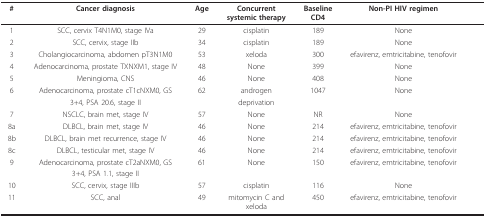
| # | Cancer diagnosis | Age | Concurrentsystemic therapy | BaselineCD4 | Non-PI HIV regimen |  |
 | --- | --- | --- | --- | --- | --- | --- |
 | 1 | SCC, cervix T4N1M0, stage IVa | 29 | cisplatin | 189 | None |  |
 | 2 | SCC, cervix, stage IIb | 34 | cisplatin | 189 | None |  |
 | 3 | Cholangiocarcinoma, abdomen pT3N1M0 | 53 | xeloda | 300 | efavirenz, emtricitabine, tenofovir |  |
 | 4 | Adenocarcinoma, prostate TXNXM1, stage IV | 48 | None | 399 | None |  |
 | 5 | Meningioma, CNS | 46 | None | 408 | None |  |
 | 6 | Adenocarcinoma, prostate cT1cNXM0, GS | 62 | androgen | 1047 | None |  |
 |  | 3+4, PSA 20.6, stage II |  | deprivation |  |  |  |
 | 7 | NSCLC, brain met, stage IV | 57 | None | NR | None |  |
 | 8a | DLBCL, brain met, stage IV | 46 | None | 214 | efavirenz, emtricitabine, tenofovir |  |
 | 8b | DLBCL, brain met recurrence, stage IV | 46 | None | 214 | efavirenz, emtricitabine, tenofovir |  |
 | 8c | DLBCL, testicular met, stage IV | 46 | None | 214 | efavirenz, emtricitabine, tenofovir |  |
 | 9 | Adenocarcinoma, prostate cT2aNXM0, GS | 61 | None | 150 | efavirenz, emtricitabine, tenofovir |  |
 |  | 3+4, PSA 1.1, stage II |  |  |  |  |  |
 | 10 | SCC, cervix, stage IIIb | 57 | cisplatin | 116 | None |  |
 | 11 | SCC, anal | 49 | mitomycin C andxeloda | 450 | efavirenz, emtricitabine, tenofovir |  |